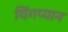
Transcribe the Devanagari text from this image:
यिंगप्यान